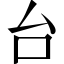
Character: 台